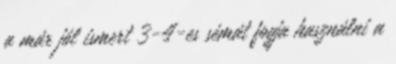
a már jól ismert 3-4-es sémát fogja használni a